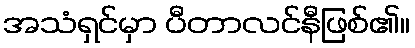
အသံရှင်မှာ ပီတာလင်နီဖြစ်၏။